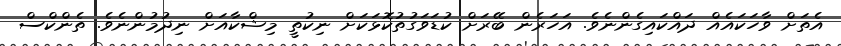
އެތަށް ވާހަކައެއް ދައްކައިގެންނެވެ. އަހަރެން ބޭރަށް ކުޑަވަގުތުކޮޅަކަށް ނިކުތީ މިޝްކާއަށް ނިދުމުންނެވެ. ތެންކްސް